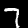
Label: 7